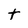
Character: t